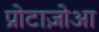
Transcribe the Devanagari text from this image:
प्रोटाज़ोआ